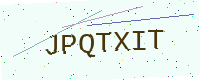
Text: JPQTXIT